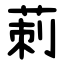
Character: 莿